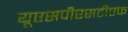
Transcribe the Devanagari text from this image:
यूएसपीएसटीएफ